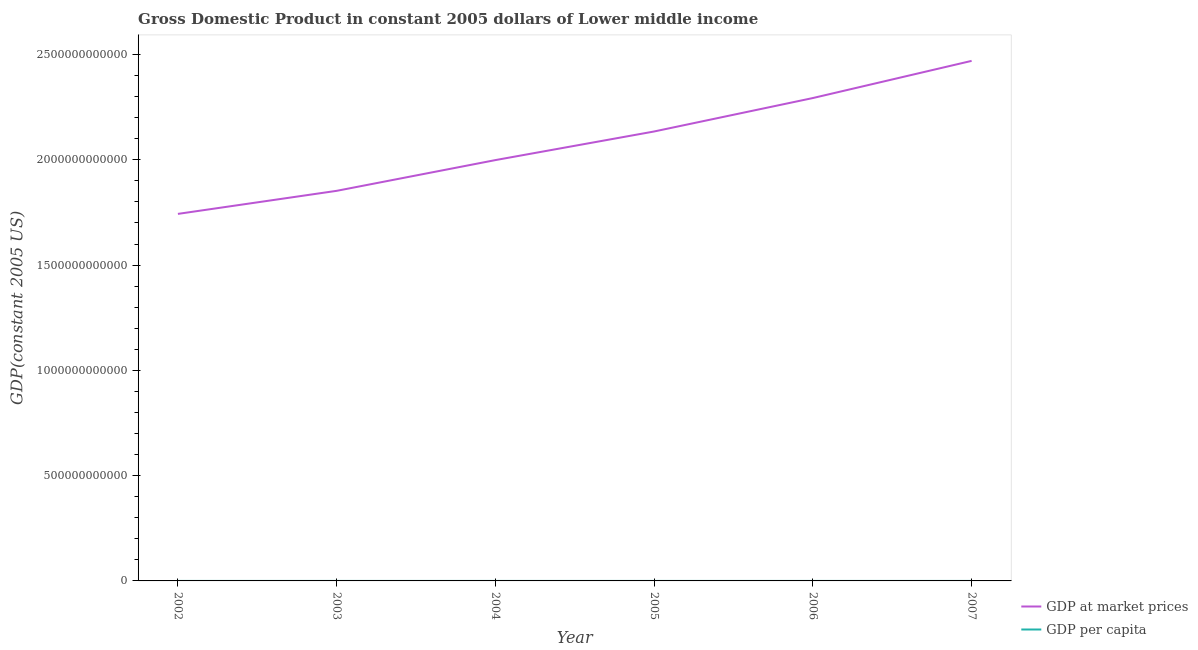
| Year | GDP at market prices | GDP per capita |
 | --- | --- | --- |
 | 2002 | 1.74e+12 | 731 |
 | 2003 | 1.85e+12 | 764 |
 | 2004 | 2e+12 | 811 |
 | 2005 | 2.13e+12 | 852 |
 | 2006 | 2.29e+12 | 901 |
 | 2007 | 2.47e+12 | 955 |